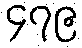
၄၇၉